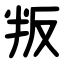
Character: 叛